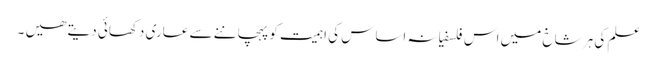
علم کی ہر شاخ میں اس فلسفیانہ اساس کی اہمیت کو پہچاننے سے عاری دکھائی دیتے ھیں ۔